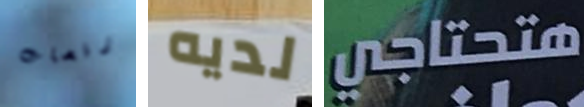
رقصات لديه هتحتاجي